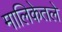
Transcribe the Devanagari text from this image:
मालिकेतले